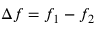
\Delta f = f _ { 1 } - f _ { 2 }